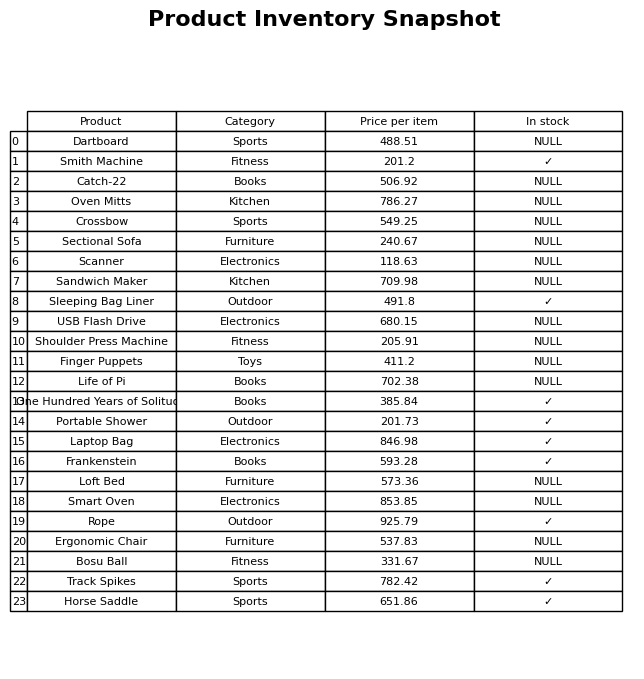
question: What is the price for Horse Saddle?
answer: The price of Horse Saddle is 651.86.